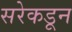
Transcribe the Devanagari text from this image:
सरेकडून